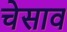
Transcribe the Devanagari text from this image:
चेसाव